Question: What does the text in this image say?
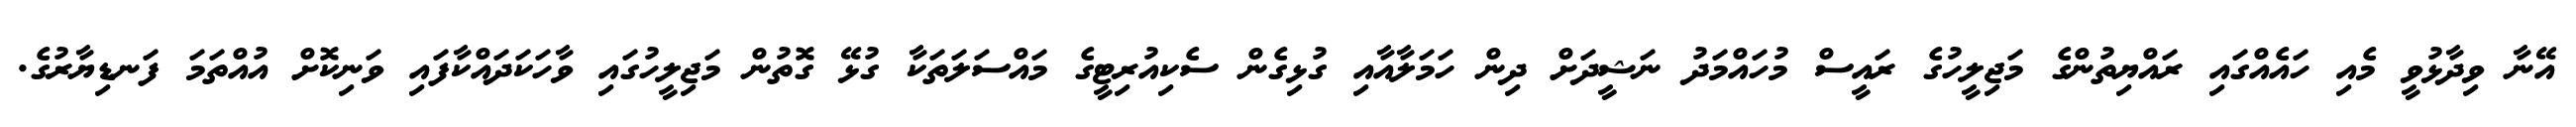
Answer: އޭނާ ވިދާޅުވީ މެއި ހައެއްގައި ރައްޔިތުންގެ މަޖިލީހުގެ ރައީސް މުހައްމަދު ނަޝީދަށް ދިން ހަމަލާއާއި ގުޅިގެން ސެކިއުރިޓީގެ މައްސަލަތަކާ ގުޅޭ ގޮތުން މަޖިލީހުގައި ވާހަކަދައްކާފައި ވަނިކޮށް އުއްތަމަ ފަނޑިޔާރުގެ.